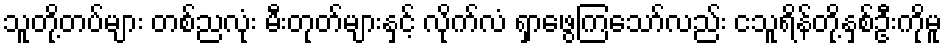
သူတို့တပ်များ တစ်ညလုံး မီးတုတ်များနှင့် လိုက်လံ ရှာဖွေကြသော်လည်း ငသူရိန်တို့နှစ်ဦးကိုမူ